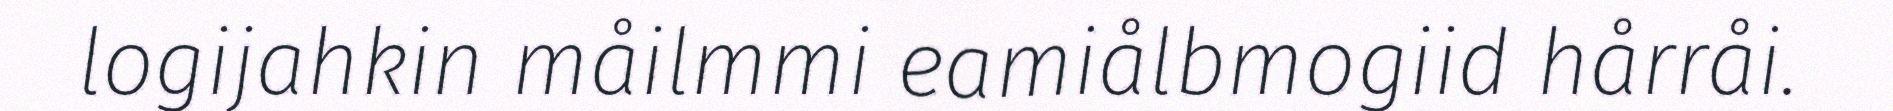
logijahkin måilmmi eamiålbmogiid hårråi.